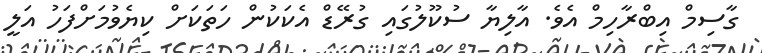
ގާސިމް އިބްރާހިމް އެވެ. އާލިޔާ ސުކޫލުގައި ގުރޭޑް އެކަކުން ހަތަކަށް ކިޔެވުމަށްފަހު އަލީ